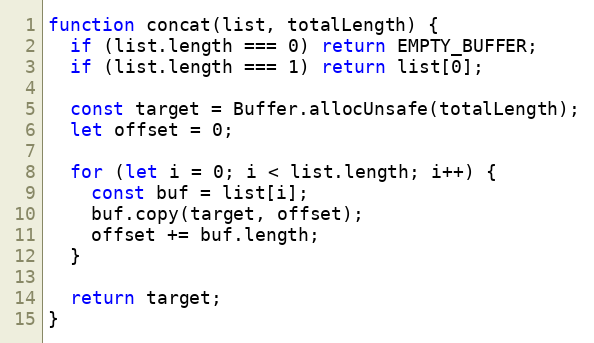
Language: JavaScript
function concat(list, totalLength) {
  if (list.length === 0) return EMPTY_BUFFER;
  if (list.length === 1) return list[0];

  const target = Buffer.allocUnsafe(totalLength);
  let offset = 0;

  for (let i = 0; i < list.length; i++) {
    const buf = list[i];
    buf.copy(target, offset);
    offset += buf.length;
  }

  return target;
}